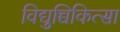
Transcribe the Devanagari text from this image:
विद्युच्चिकित्सा